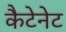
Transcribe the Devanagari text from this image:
कैटेनेट